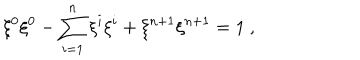
LaTeX: \xi ^ { 0 } \xi ^ { 0 } - \sum _ { i = 1 } ^ { n } \xi ^ { i } \xi ^ { i } + \xi ^ { n + 1 } \xi ^ { n + 1 } = 1 ~ ,